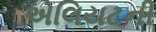
એલિયટની